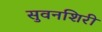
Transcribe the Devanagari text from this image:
सुवनशिरी